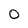
Character: O